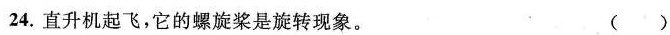
24.直升机起飞，它的螺旋桨是旋转现象。 ()